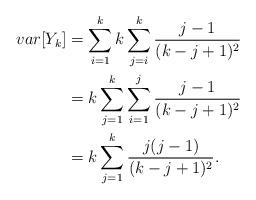
LaTeX: \begin{align*}var[Y_k] &= \sum_{i=1}^k k\sum_{j=i}^k \frac{j-1}{(k-j+1)^2}\\& = k\sum_{j=1}^k \sum_{i=1}^j \frac{j-1}{(k-j+1)^2}\\& = k \sum_{j=1}^k \frac{j(j-1)}{(k-j+1)^2}.\end{align*}